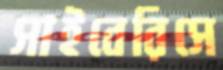
সাইবেরিসে